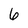
Character: 6